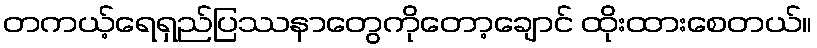
တကယ့်ရေရှည်ပြဿနာတွေကိုတော့ချောင် ထိုးထားစေတယ်။